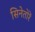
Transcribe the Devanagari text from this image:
सिनेतोरें